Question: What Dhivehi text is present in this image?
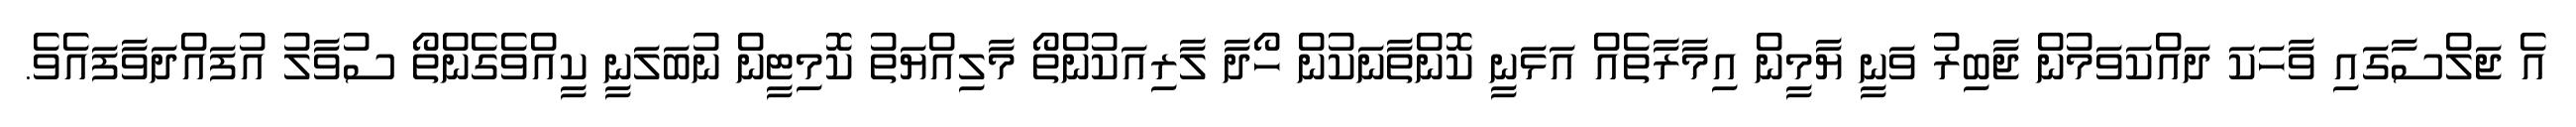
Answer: އެ ޖަލްސާގައި ވާހަކަ ދައްކަވަމުން ޖާބިރު ވަނީ ޔާމީން އިމާރާތެއް އަޅަނީ ކޮންތާނަކުން ހޯދާ ލާރިއަކުންތޯ މާލިއްޔަތު ކޮމިޓީން ނުބަލަނީ ކީއްވެގެންތޯ ސުވާލު އުފައްދަވާފައެވެ.